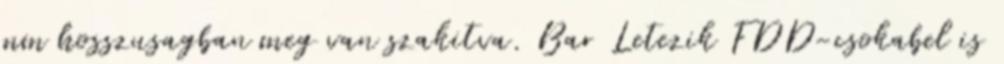
mm hosszusagban meg van szakitva. Bar Letezik FDD-csokabel is